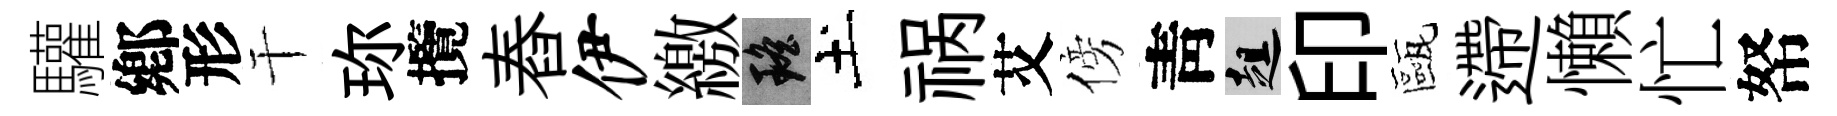
驩鄕形干珎攬舂伊繳瑶土祸艾傍靑趄印甌遰懶忙帑